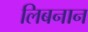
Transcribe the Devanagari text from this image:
लिबनान